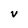
Character: V